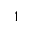
1